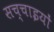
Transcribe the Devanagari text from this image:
सच्‍चाइयों